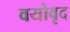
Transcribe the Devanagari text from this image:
वयोवृद